38_143685_box7_Incident_Summaries_1-100
Agency: Department of War
Page 127
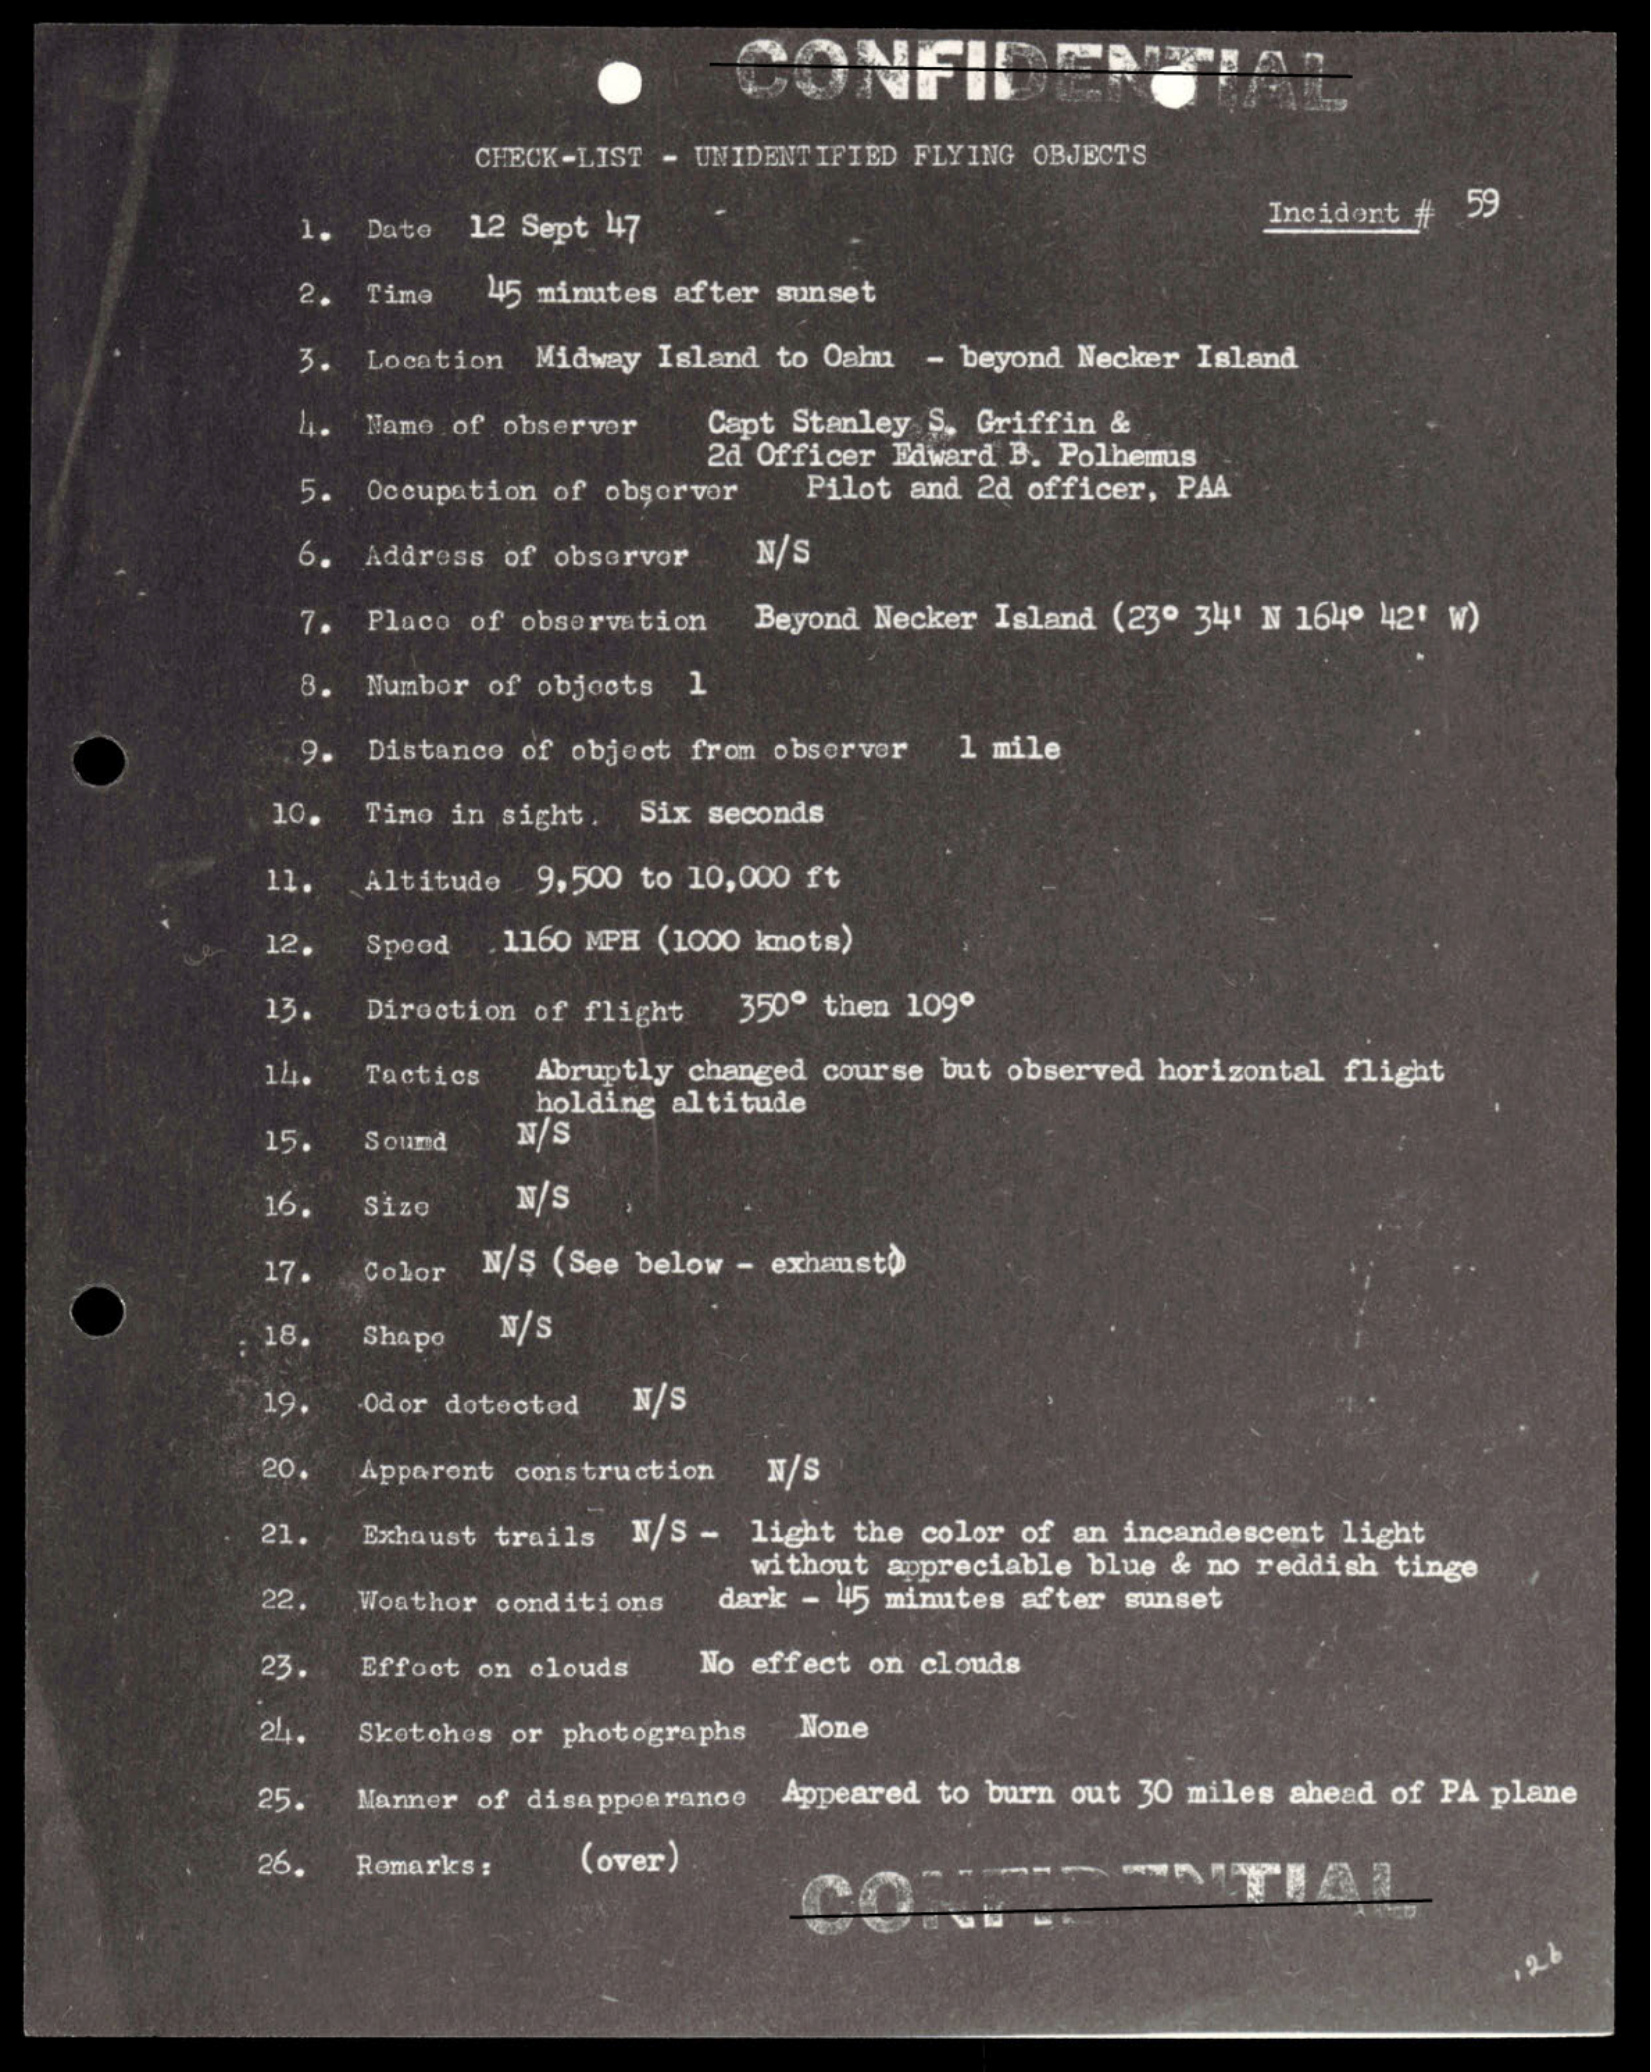